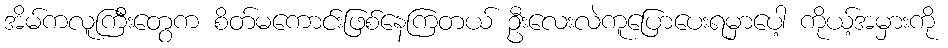
အိမ်ကလူကြီးတွေက စိတ်မကောင်းဖြစ်နေကြတယ် ဦးလေးလဲကူပြောပေးရမှာပေါ့ ကိုယ့်အမှားကို